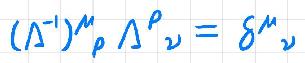
$(\Delta^{-1})^{\mu}_{\rho}\Delta^{\rho}_{\nu}=\delta^{\mu}_{\nu}$